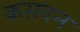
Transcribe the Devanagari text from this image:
कसदन